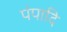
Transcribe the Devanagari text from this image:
पंपादि